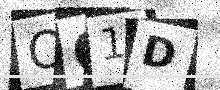
Text: OO1D